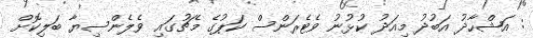
: އަޝްހާދު އަބުދު މިއަދު ކުޅުނު ވެޓެރަންސް ކަޕުގެ މެޗުގައި ވެލެންސިޔާ ބަލިކޮށް